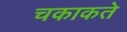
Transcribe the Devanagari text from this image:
चकाकते